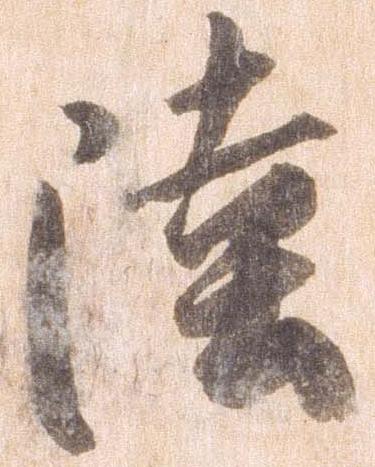
陸